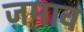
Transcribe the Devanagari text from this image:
ज़माव